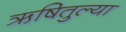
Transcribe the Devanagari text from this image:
ऋषितुल्या